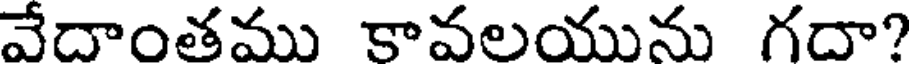
వేదాంతము కావలయును గదా?